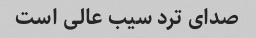
صدای ترد سیب عالی است